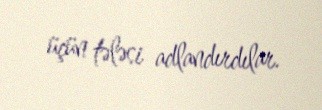
üçün tələsi adlandırdılar.